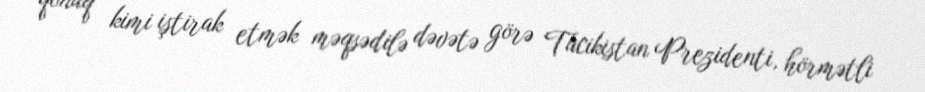
qonaq kimi iştirak etmək məqsədilə dəvətə görə Tacikistan Prezidenti, hörmətli